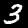
Label: 3